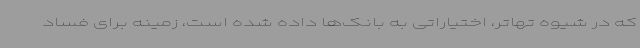
که در شیوه تهاتر، اختیاراتی به بانک‌ها داده شده است، زمینه برای فساد